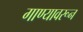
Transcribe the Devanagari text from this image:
गाण्यावरून